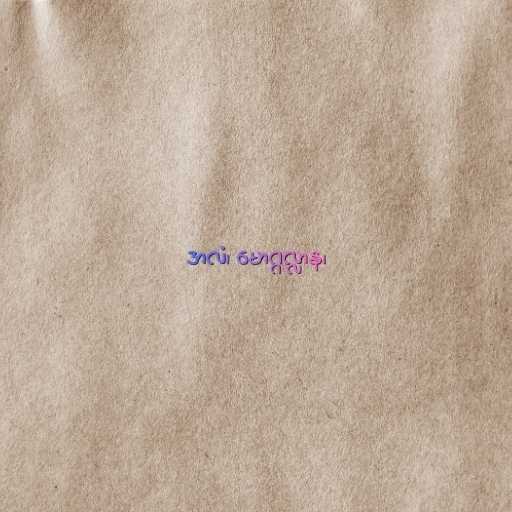
အလံ၊ မောဂ္ဂလ္လာန၊